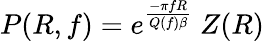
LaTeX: P(R,f)=e^{\frac{-\pi fR}{Q(f)\beta}}~Z(R)